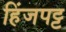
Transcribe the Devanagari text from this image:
हिंजपट्ट